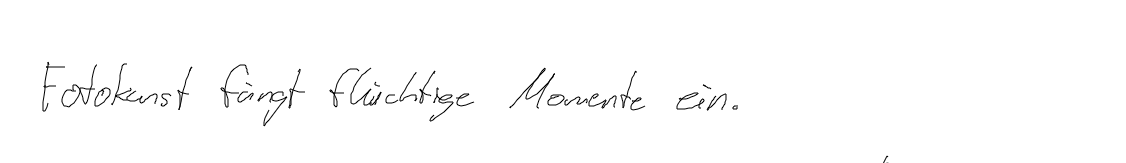
Fotokunst fängt flüchtige Momente ein.